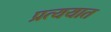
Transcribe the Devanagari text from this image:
प्रत्ययात